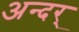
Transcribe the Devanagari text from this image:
अन्दर्